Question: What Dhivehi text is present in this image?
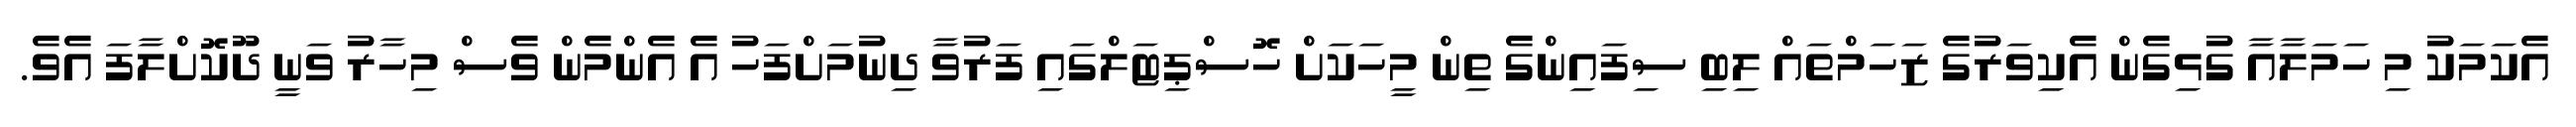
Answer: އެކަމަކު މި ހަމަލާއާ ގުޅިގެން އެކިވަރުގެ ޒަހަމްތައް ލިބި ސިފައިންގެ ތިން މީހަކަށް ހޮސްޕިޓަލްގައި ފަރުވާ ދިނުމަށްފަހު އެ އެންމެން ވެސް މިހާރު ވަނީ ދޫކޮށްލާފަ އެވެ.